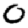
Digit: 0